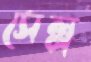
সেল্প